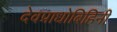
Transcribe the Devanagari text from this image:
देवप्राधोबिहिनी